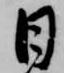
日